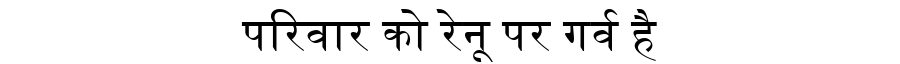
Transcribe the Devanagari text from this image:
परिवार को रेनू पर गर्व है